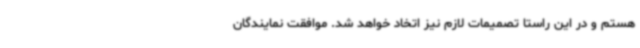
هستم و در این راستا تصمیمات لازم نیز اتخاد خواهد شد. موافقت نمایندگان